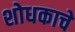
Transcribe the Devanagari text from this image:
शोधकाचे